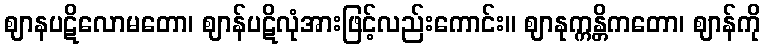
ဈာနပဋိလောမတော၊ ဈာန်ပဋိလုံအားဖြင့်လည်းကောင်း။ ဈာနုက္ကန္တိကတော၊ ဈာန်ကို